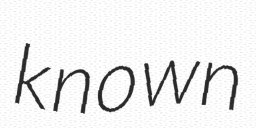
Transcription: known